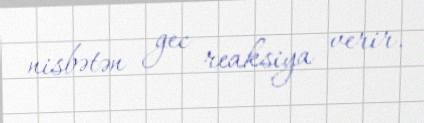
nisbətən gec reaksiya verir.